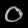
Digit: ၀